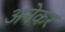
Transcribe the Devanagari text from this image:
अनेकर